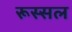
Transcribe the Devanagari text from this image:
रूस्सल